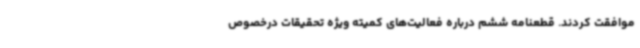
موافقت کردند. قطعنامه ششم درباره فعالیت‌های کمیته ویژه تحقیقات درخصوص